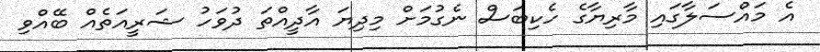
އެ މައްސަލާގައި މާރިޔާގެ ހެކިބަސް ނެގުމަށް މިދިޔަ އާދީއްތަ ދުވަހު ޝަރީއަތެއް ބޭއްވި